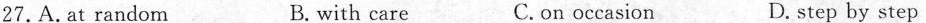
27.A. at random B. with care C. on occasion D. step by step